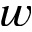
w